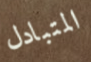
المتبادل